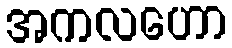
အကလဟော